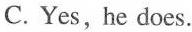
C. Yes,he does.